Bréfritari: Soffía Daníelsdóttir
Viðtakandi: Jakobína Magnúsdóttir og Daníel Halldórsson
Dagsetning: A-1901-09-20
Skrifað á: Skeggjastöðum  N-Múl.
Soffía var dóttir Jakobínu og Daníels

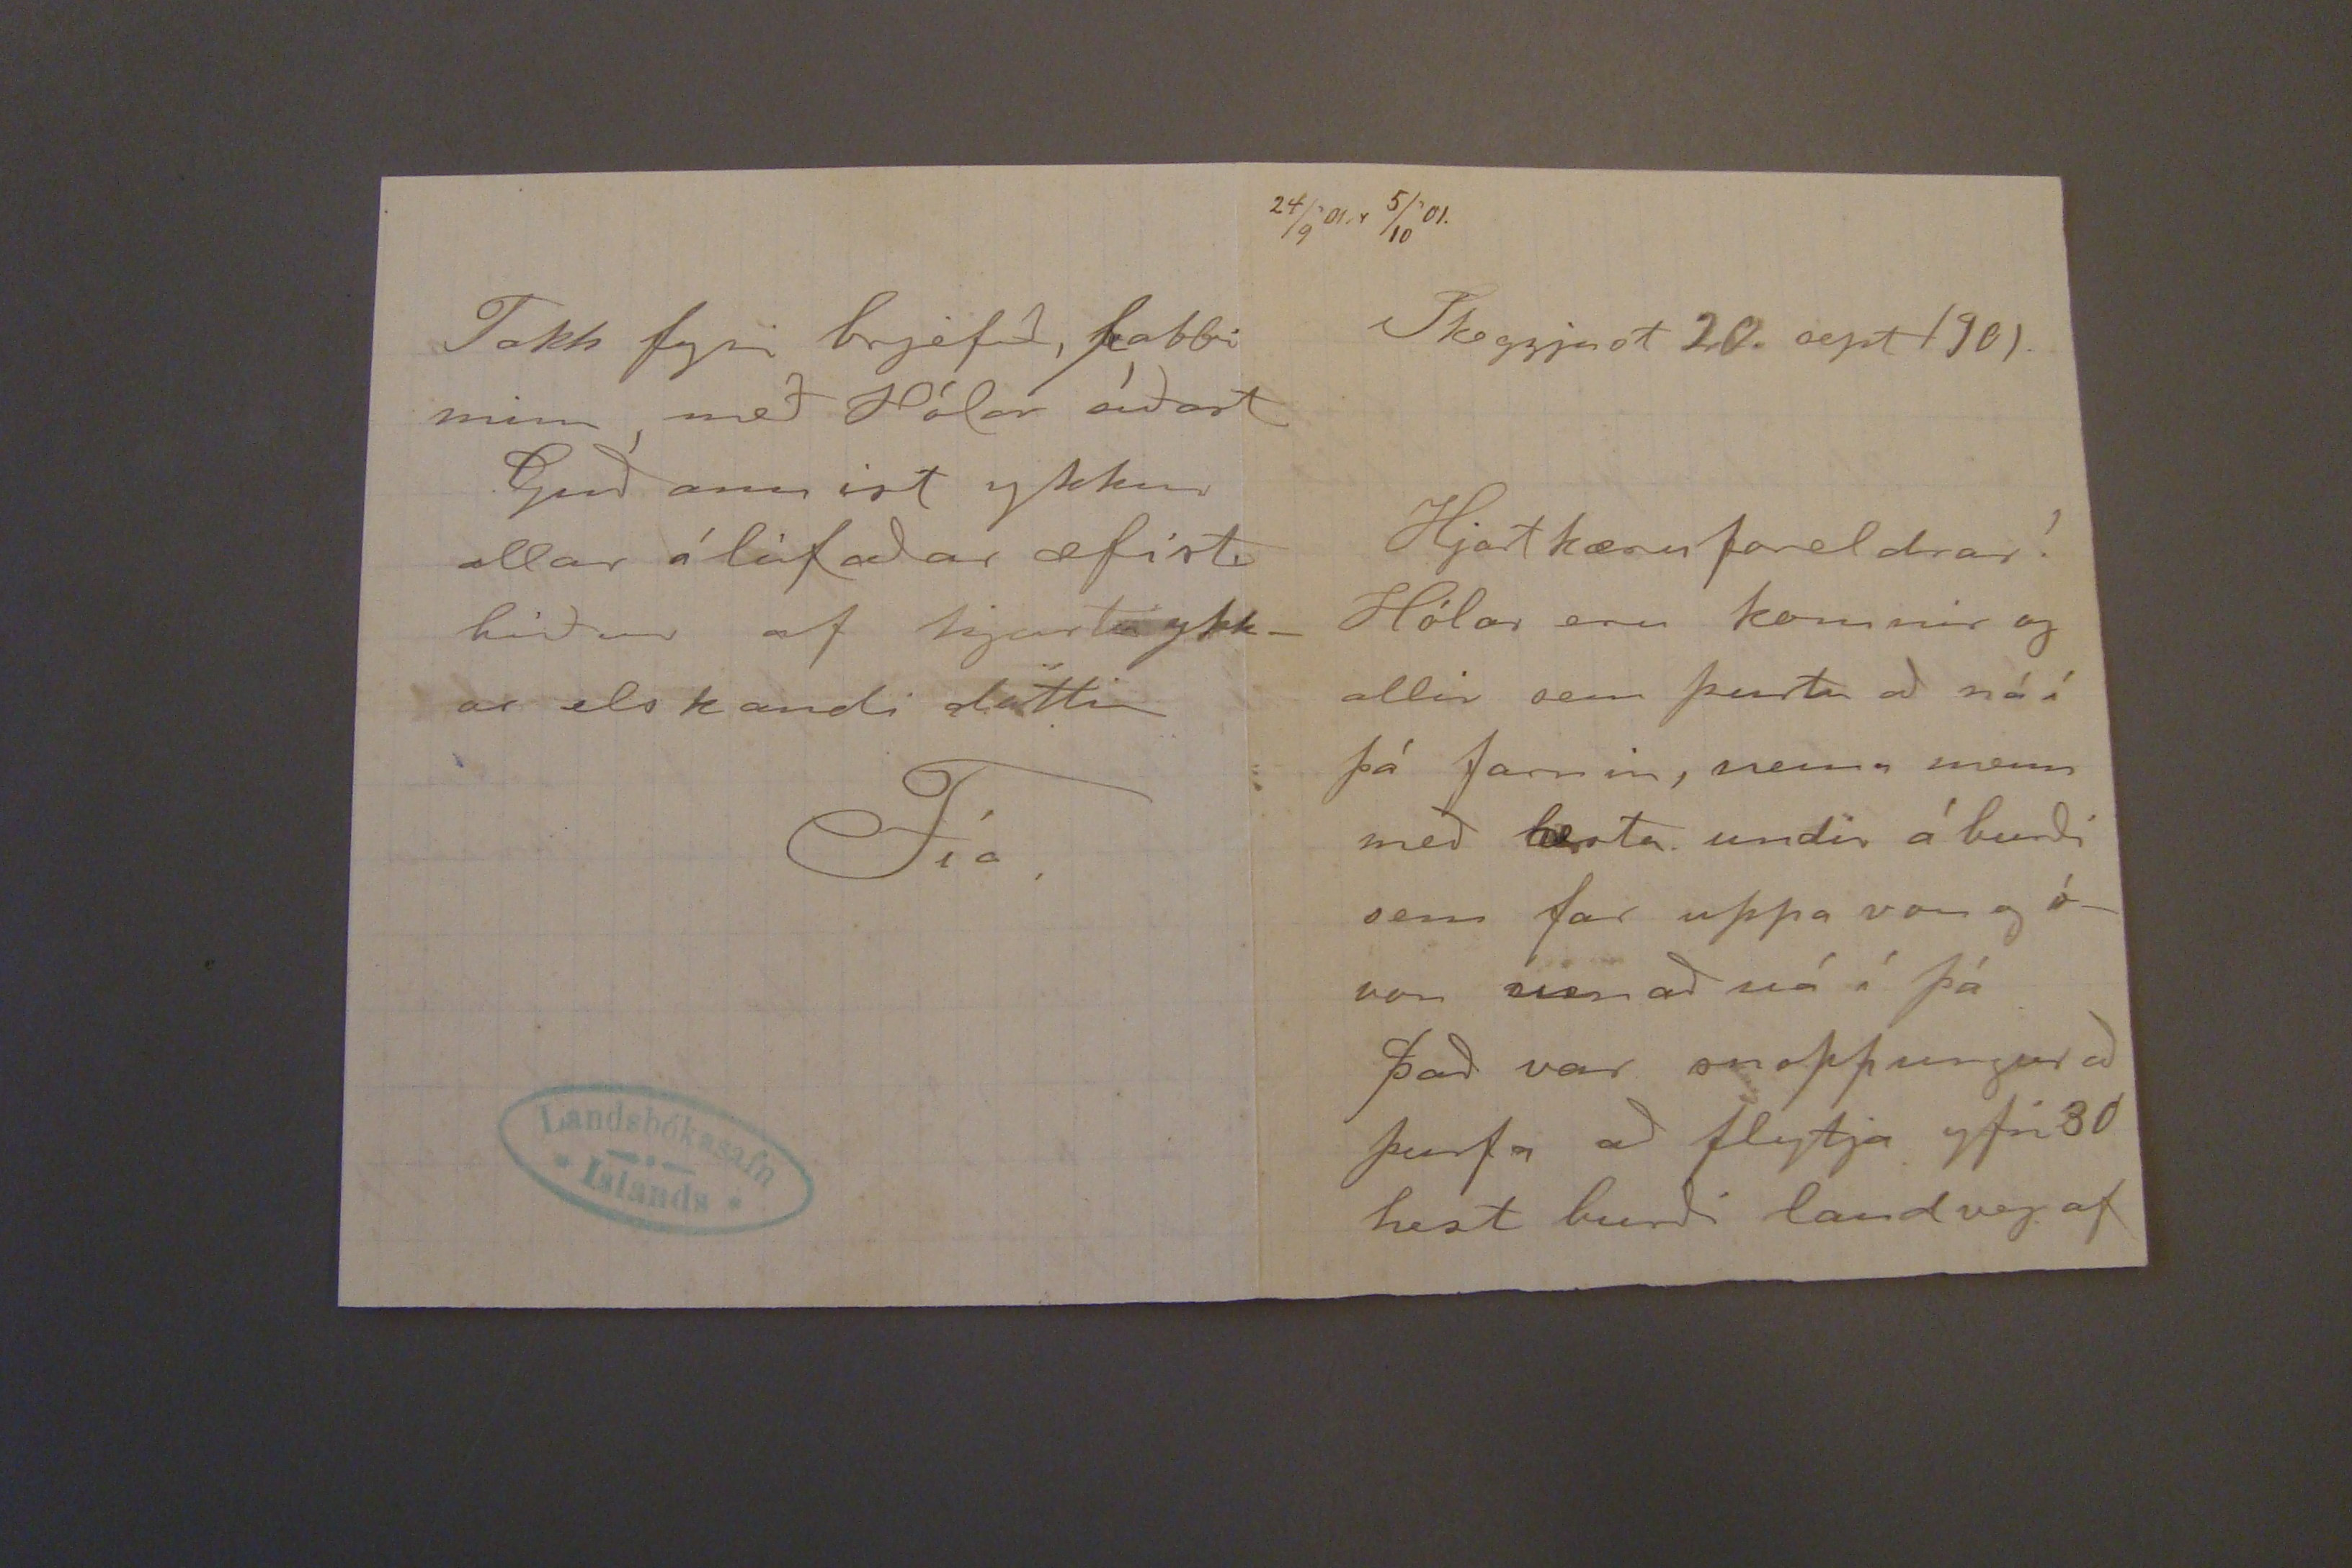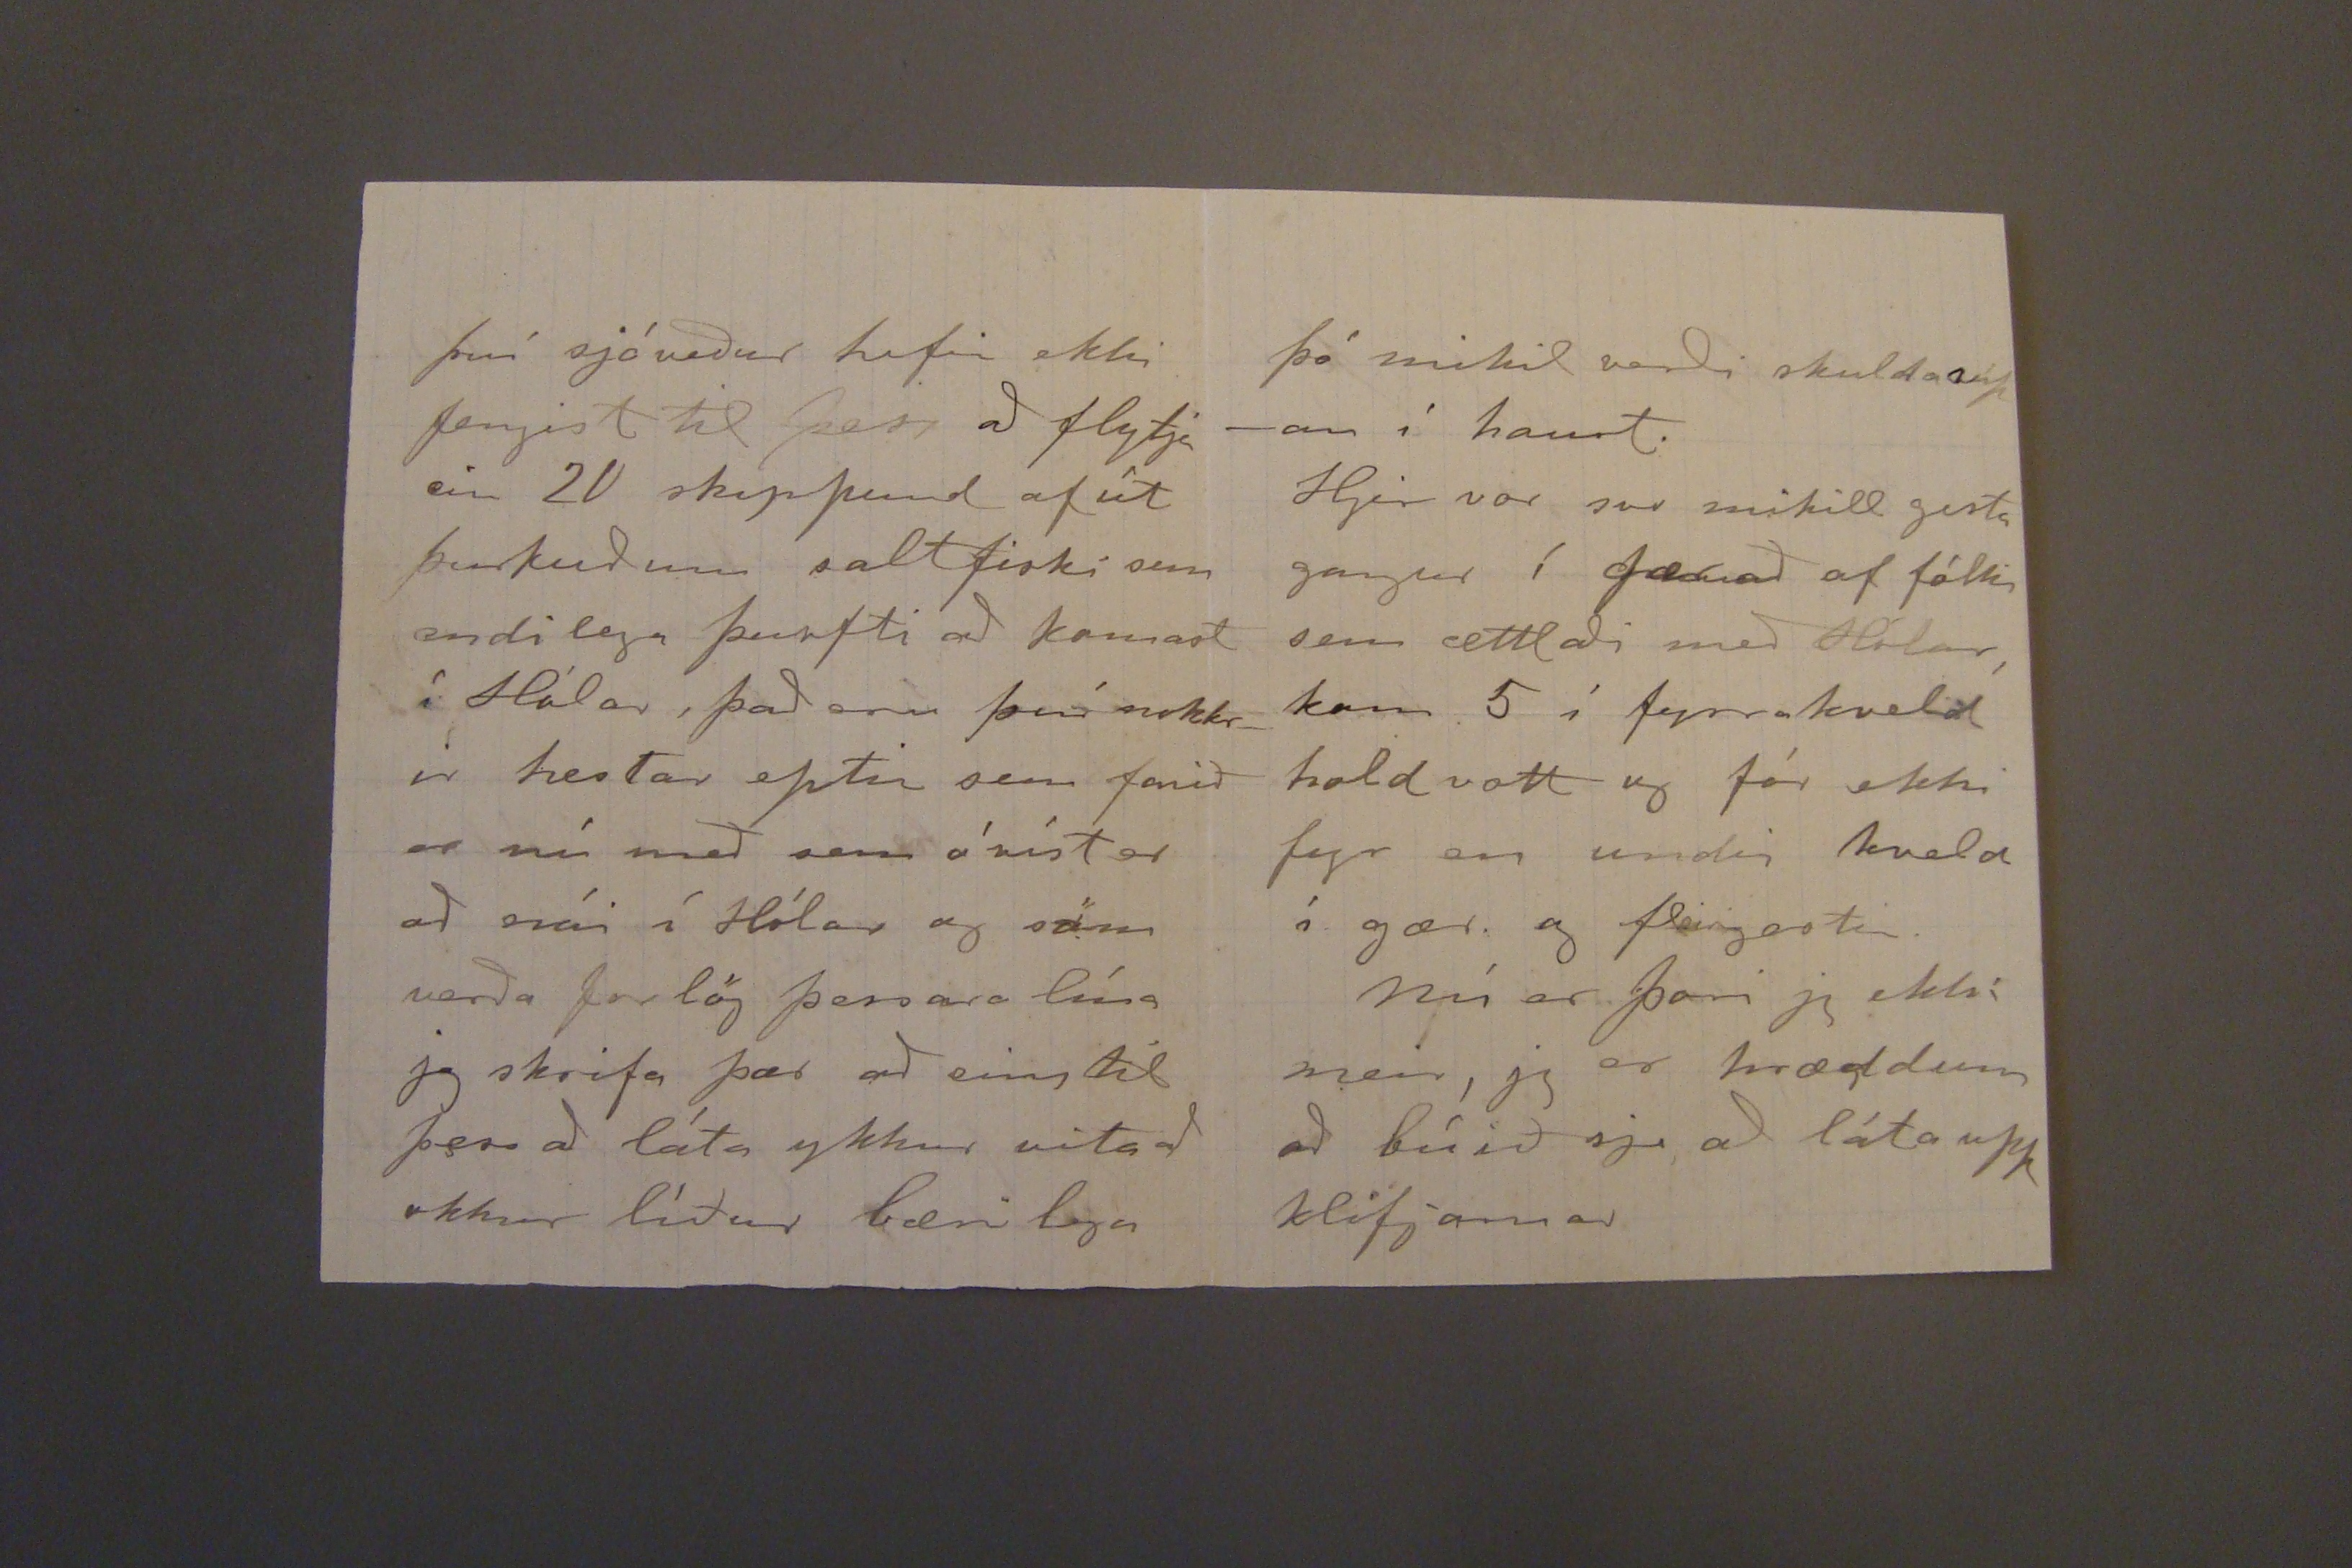

24/9'01.r 5/10'01.
Skeggjast 20. sept 1901.
Hjartkæru foreldrar!
Hólar eru komnir og allir sem þurtu að ná í þá farnir, nema menn með berta undir á burði sem far uppa von og óvon sem að ná í þá
það var snoppungur að þurfa að flytja yfir 30 hest burði landveg af
því sjóveður hefir ekki fengist til þess að flytja ein 20 skippund af út þurkuðum saltfiski sem endilega þurfti að komast í Hólar, það eru því nokkrir hestar eptir sem farið er nú með sem ó víst er að nái í Hólar og söm verða forlög þessara lína jeg skrifa þær að eins til þess að láta ykkur vita að okkur líður bærilega
Takk fyrir brjefið, pabbi minn, með Hólar síðast
Guð annist ykkur allar ólifaðar æfistu biður af hjarta ykkar elskandi dóttir
Fía.
þó mikið verði skuldasúpan í haust.
Hjer var svo mikill gesta gangur í gær að af fólki sem settlaði með Hólar, kom 5 í fyrrakveld hold vott og fór ekki fyr en undir kveld í gær og
flengastu
Nú er
þan
jeg ekki meir, jeg er hræddum að búið sje að láta upp klifjannar